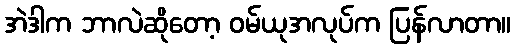
အဲဒါက ဘာလဲဆိုတော့ ဝမ်ယုအလုပ်က ပြန်လာတာ။